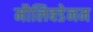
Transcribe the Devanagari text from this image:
मौलिबडेनम